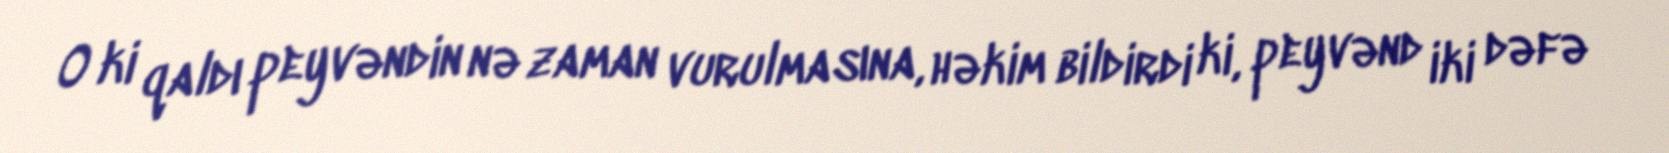
O ki qaldı peyvəndin nə zaman vurulmasına, həkim bildirdi ki, peyvənd iki dəfə